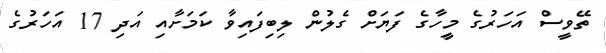
ތޭވީސް އަހަރުގެ މީހާގެ ފަޔަށް ގެލުން ލިބިފައިވާ ކަމަށާއި އަދި 17 އަހަރުގެ